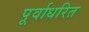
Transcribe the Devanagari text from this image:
पूर्वाधरित